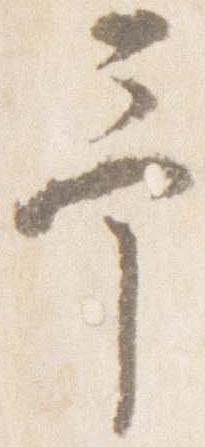
予